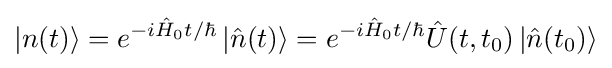
|n(t)\rangle =e^{-i{\hat {H}}_{0}t/\hbar }\left|{\hat {n}}(t)\right\rangle =e^{-i{\hat {H}}_{0}t/\hbar }{\hat {U}}(t,t_{0})\left|{\hat {n}}(t_{0})\right\rangle